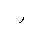
Letter: _ra